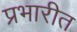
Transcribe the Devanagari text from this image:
प्रभारीत